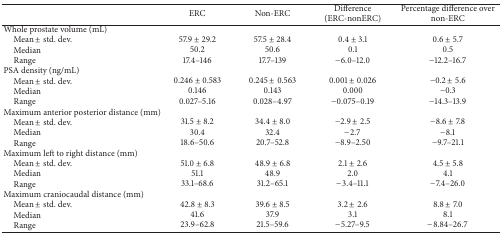
<table><thead><tr><td><b> </b></td><td><b>ERC</b></td><td><b>Non-ERC</b></td><td><b>Difference(ERC-nonERC)</b></td><td><b>Percentage difference over non-ERC</b></td></tr></thead><tbody><tr><td>Whole prostate volume (mL)</td><td> </td><td> </td><td> </td><td> </td></tr><tr><td> Mean ± std. dev.</td><td>57.9 ± 29.2</td><td>57.5 ± 28.4</td><td>0.4 ± 3.1</td><td>0.6 ± 5.7</td></tr><tr><td> Median</td><td>50.2</td><td>50.6</td><td>0.1</td><td>0.5</td></tr><tr><td> Range</td><td>17.4–146</td><td>17.7–139</td><td>−6.0–12.0</td><td>−12.2–16.7</td></tr><tr><td>PSA density (ng/mL)</td><td> </td><td> </td><td> </td><td> </td></tr><tr><td> Mean ± std. dev.</td><td>0.246 ± 0.583</td><td>0.245 ± 0.563</td><td>0.001 ± 0.026</td><td>−0.2 ± 5.6</td></tr><tr><td> Median</td><td>0.146</td><td>0.143</td><td>0.000</td><td>−0.3</td></tr><tr><td> Range</td><td>0.027–5.16</td><td>0.028–4.97</td><td>−0.075–0.19</td><td>−14.3–13.9</td></tr><tr><td>Maximum anterior posterior distance (mm)</td><td> </td><td> </td><td> </td><td> </td></tr><tr><td> Mean ± std. dev.</td><td>31.5 ± 8.2</td><td>34.4 ± 8.0</td><td>−2.9 ± 2.5</td><td>−8.6 ± 7.8</td></tr><tr><td> Median</td><td>30.4</td><td>32.4</td><td>−2.7</td><td>−8.1</td></tr><tr><td> Range</td><td>18.6–50.6</td><td>20.7–52.8</td><td>−8.9–2.50</td><td>−9.7–21.1</td></tr><tr><td>Maximum left to right distance (mm)</td><td> </td><td> </td><td> </td><td> </td></tr><tr><td> Mean ± std. dev.</td><td>51.0 ± 6.8</td><td>48.9 ± 6.8</td><td>2.1 ± 2.6</td><td>4.5 ± 5.8</td></tr><tr><td> Median</td><td>51.1</td><td>48.9</td><td>2.0</td><td>4.1</td></tr><tr><td> Range</td><td>33.1–68.6</td><td>31.2–65.1</td><td>−3.4–11.1</td><td>−7.4–26.0</td></tr><tr><td>Maximum craniocaudal distance (mm)</td><td> </td><td> </td><td> </td><td> </td></tr><tr><td> Mean ± std. dev.</td><td>42.8 ± 8.3</td><td>39.6 ± 8.5</td><td>3.2 ± 2.6</td><td>8.8 ± 7.0</td></tr><tr><td> Median</td><td>41.6</td><td>37.9</td><td>3.1</td><td>8.1</td></tr><tr><td> Range</td><td>23.9–62.8</td><td>21.5–59.6</td><td>−5.27–9.5</td><td>−8.84–26.7</td></tr></tbody></table>